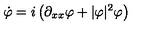
\dot { \varphi } = i \left( \partial _ { x x } \varphi + | \varphi | ^ { 2 } \varphi \right)